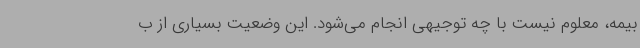
بیمه، معلوم نیست با چه توجیهی انجام می‌شود. این وضعیت بسیاری از ب